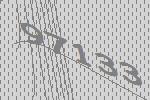
97133